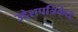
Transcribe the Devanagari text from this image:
उद्देशपत्रिकेत